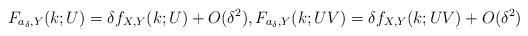
LaTeX: \begin{align*} F_{a_\delta, Y}(k;U) = \delta f_{X,Y}(k;U) + O(\delta^2),F_{a_\delta, Y}(k;UV) = \delta f_{X,Y}(k;UV) + O(\delta^2)\end{align*}